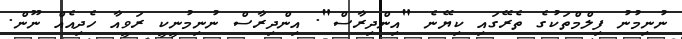
ނުނިމުނު ފިލްމްތަކުގެ ތެރޭގައި ކިޔޭނެ "އިންދިރާސް". އިންދިރާސް ނުނިމުނީކީ ރަވީއާ ހެދިއެއް ނޫން.